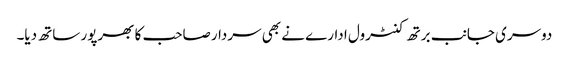
دوسری جانب برتھ کنٹرول ادارے نے بھی سردارصاحب کا بھرپور ساتھ دیا۔